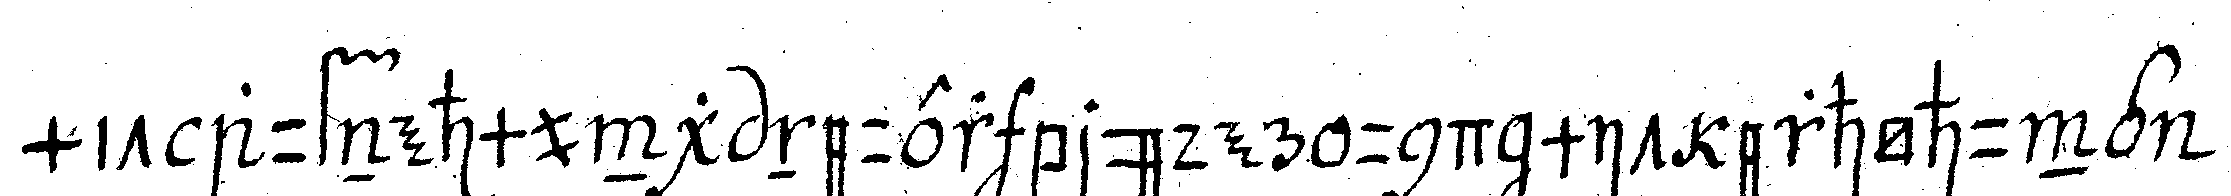
mit aufnehmung neuer brüder und mit erhöhung